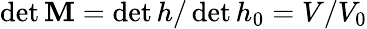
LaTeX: \operatorname*{det}\mathbf{M}=\operatorname*{det}h/\operatorname*{det}h_{0}=V/V_{0}